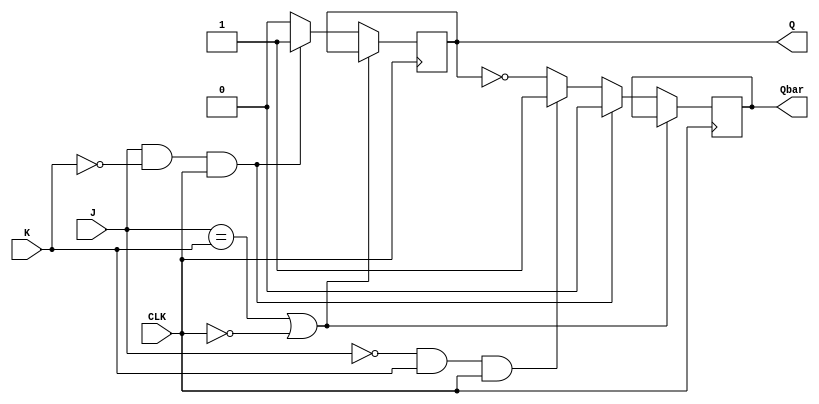
//Objective:
//Create a clock controlled J-K Flip Flop 
`timescale 1ns / 1ps
module JKFF(J,K,CLK,Q,Qbar);
input J,K,CLK;//J-K Flip Flop inputs
output reg Q, Qbar;//J-K Flip Flop output

always @ (posedge(CLK))
    begin
        Q <= 1'b0;
        Qbar <= ~(Q);
        if(J == K | CLK == 1'b0) //latch conditions
            begin
                Q <= Q;
                Qbar <= Qbar;
            end
        else if(J == 1'b1 & K == 1'b0 & CLK == 1'b1) //set conditions
            begin
                Q <= 1'b1;
                Qbar <= 1'b0;
            end
        else if(J == 1'b0 & K == 1'b1 & CLK == 1'b1) //reset conditions
            begin
                Q <= 1'b0;
                Qbar <= 1'b1;
            end
    end
endmodule